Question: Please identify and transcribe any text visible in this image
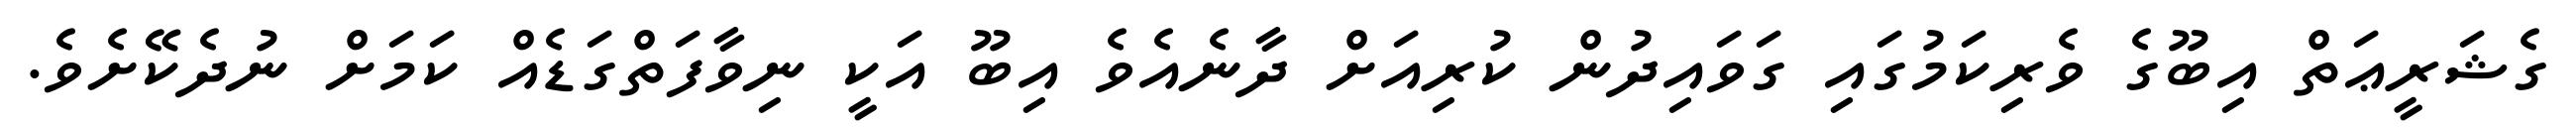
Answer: ގެޝަރީޢަތް އިބޫގެ ވެރިކަމުގައި ގަވައިދުން ކުރިއަށް ދާނެއެވެ އިބޫ އަކީ ނިވާފަތްގަޑެއް ކަމަށް ނުދެކޭށެވެ.